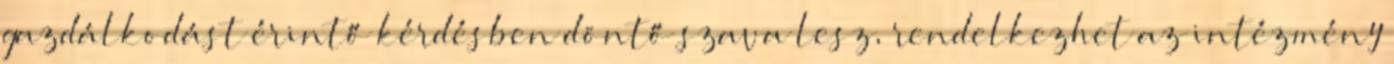
gazdálkodást érintő kérdésben döntő szava lesz, rendelkezhet az intézmény